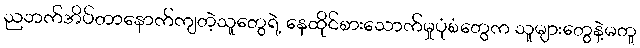
ညဘက်အိပ်တာနောက်ကျတဲ့သူတွေရဲ့ နေထိုင်စားသောက်မှုပုံစံတွေက သူများတွေနဲ့မတူ